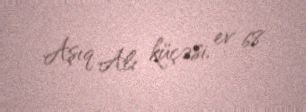
Aşıq Alı küçəsi, ev 68